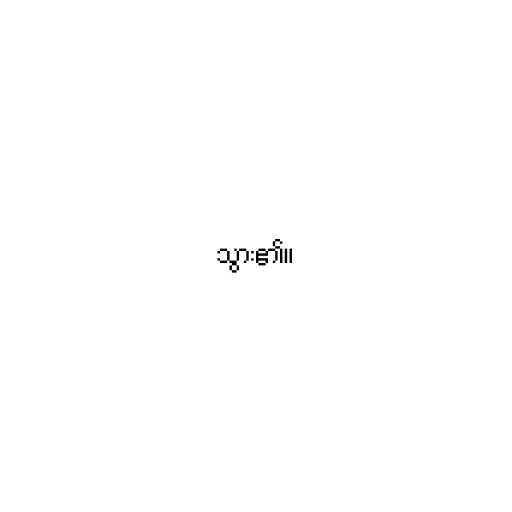
သွား၏။